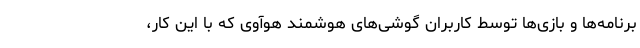
برنامه‌ها و بازی‌ها توسط کاربران گوشی‌های هوشمند هوآوی که با این کار،